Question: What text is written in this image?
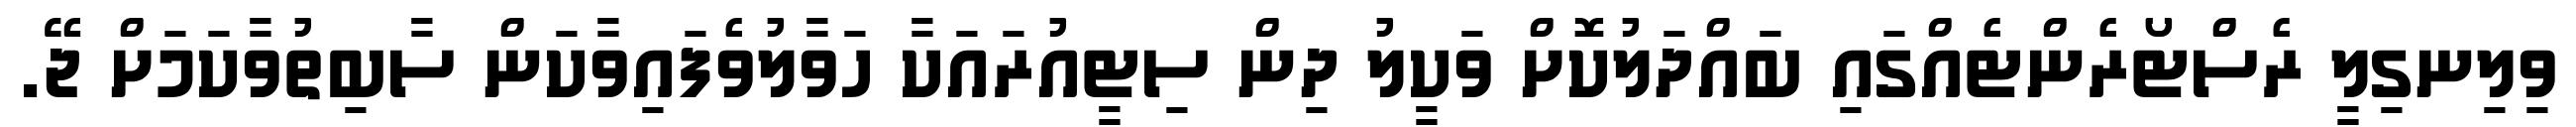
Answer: ވިލިނގިލީ ރެސްޓޯރެންޓެއްގައި ބައްދަލުކޮށް ވަކީލު ދިން ސިޓީއުރައަކާ ހަވާލުވެފައިވާކަން ސާބިތުވާކަމަށް ޖޭ.